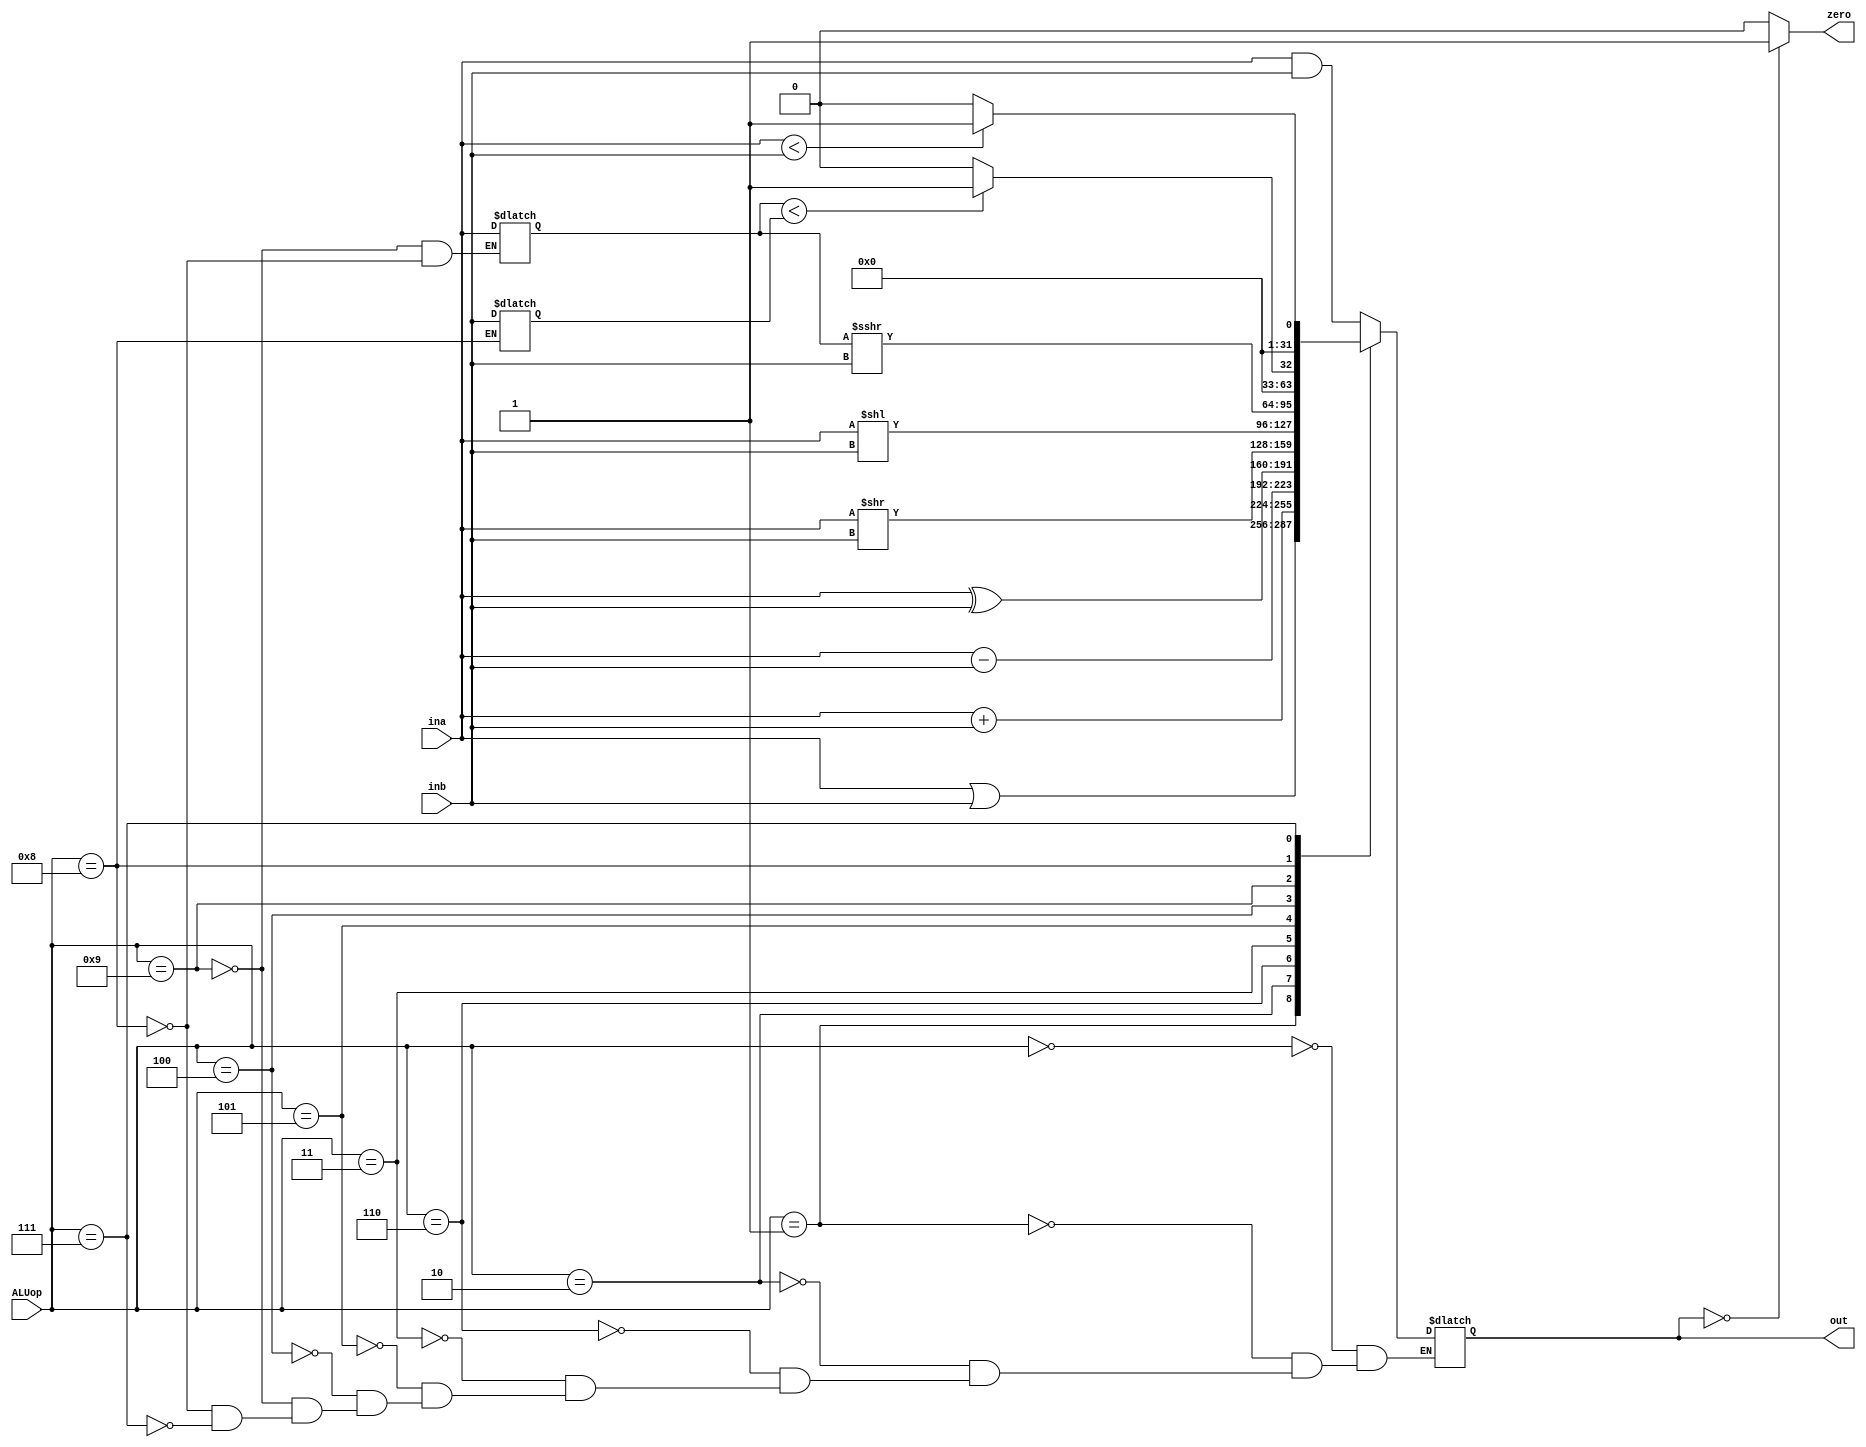
`timescale 1ns / 1ps
//////////////////////////////////////////////////////////////////////////////////
// Company: 
// Engineer: 
// 
// Design Name: 
// Module Name: ALU
// Project Name: 
// Target Devices: 
// Tool Versions: 
// Description: 
// 
// Dependencies: 
// 
// Revision:
// Revision 0.01 - File Created
// Additional Comments:
// 
//////////////////////////////////////////////////////////////////////////////////


module ALU(input [3:0] ALUop,
           input [31:0] ina,inb,
           output zero,
           output reg [31:0] out);
           
     reg signed [31:0] signed_ina, signed_inb;
     
     always@(*) begin
        case(ALUop)
            // AND
            4'b0000: out <= ina & inb;
            
            // OR
            4'b0001: out <= ina | inb;
            
            // add
            4'b0010: out <= ina + inb;
            
            // substract
            4'b0110: out <= ina - inb;
            
            // XOR
            4'b0011: out <= ina ^ inb;
            
            // logic shift right
            4'b0101: out <= ina >> inb;
            
            // logic shift left
            4'b0100: out <= ina << inb;
            
            // arithmetic shift right
            4'b1001: begin 
                signed_ina <= ina;
                out <= signed_ina >>> inb;
            end
            
            // SLT, blt, bge
            4'b1000: begin
                signed_ina <= ina;
                signed_inb <= inb;
                
                out <= signed_ina < signed_inb ? 1 : 0;
            end
            
            // SLTU, bltu, bgeu
            4'b0111: out <= ina < inb ? 1 : 0;
        endcase
     end
     
     assign zero = out == 0 ? 1 : 0;
           
endmodule